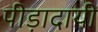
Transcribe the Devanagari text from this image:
पीड़ादायी